Mental hospitals Bombay report 1921-28 - 1921-1928
Year: 1921
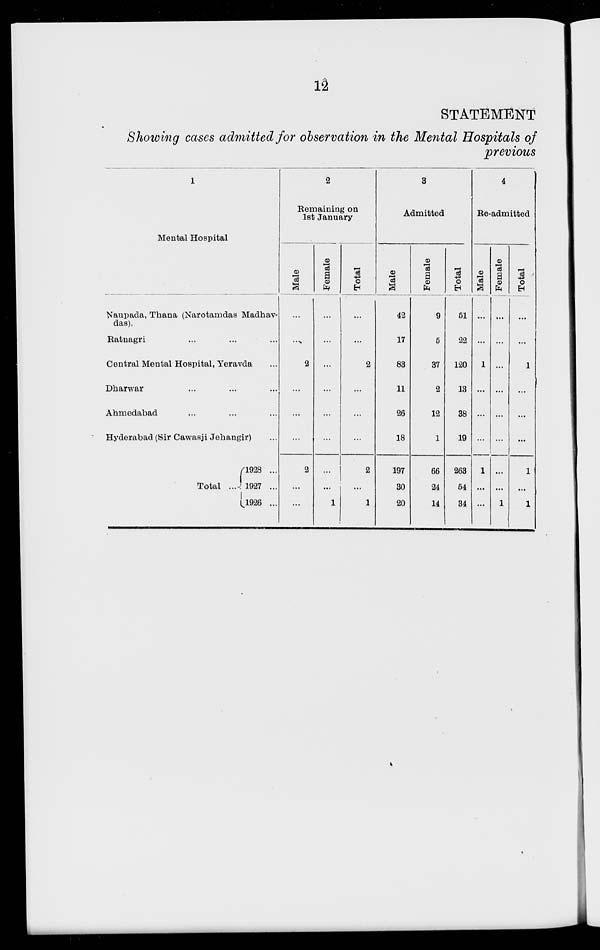
12
STATEMENT
Showing cases admitted for observation in the Mental Hospitals of
previous
1
Mental Hospital
Naupada, Thana (Narotamdas Madhav¬
das).
Ratnagri ... ... ...
Central Mental Hospital, Yeravda ...
Dharwar ... ... ...
Ahmedabad ... ... ...
Hyderabad (Sir Cawasji Jehangir) ...
Total ...
1928 ...
1927 ...
1926 ...
2
Remaining on
1st January
Male
...
...
2
...
...
...
2
...
...
Female
...
...
...
...
...
...
...
...
1
Total
...
...
2
...
...
...
2
...
1
3
Admitted
Male
42
17
83
11
26
18
197
30
20
Female
9
5
37
2
12
1
66
24
14
Total
51
22
120
13
38
19
263
54
34
4
Re-admitted
Male
...
...
1
...
...
...
1
...
...
Female
...
...
...
...
...
...
...
...
1
Total
...
...
1
...
...
...
1
...
1